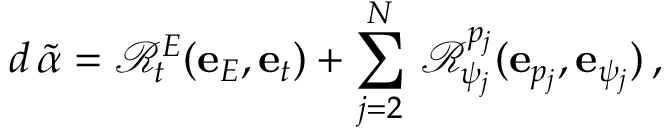
d \, \widetilde { \alpha } = \mathcal { R } _ { t } ^ { E } ( \mathbf { e } _ { E } , \mathbf { e } _ { t } ) + \sum _ { j = 2 } ^ { N } \, \mathcal { R } _ { \psi _ { j } } ^ { p _ { j } } ( \mathbf { e } _ { p _ { j } } , \mathbf { e } _ { \psi _ { j } } ) \, ,